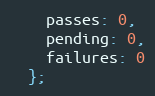
Language: JavaScript
    passes: 0,
    pending: 0,
    failures: 0
  };